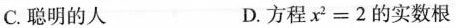
C.聪明的人 D.方程x^{2}=2的实数根